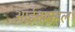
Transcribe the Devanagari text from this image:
आईनामहल